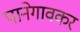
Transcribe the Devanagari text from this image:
पानेगावकर